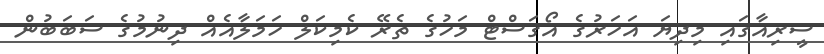
ސީރިއާގައި މިދިޔަ އަހަރުގެ އޯގަސްޓް މަހުގެ ތެރޭ ކެމިކަލް ހަމަލާއެއް ދިނުމުގެ ސަބަބުން